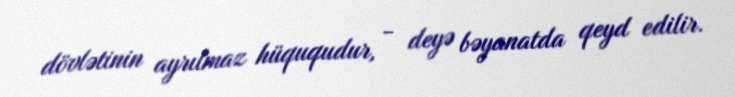
dövlətinin ayrılmaz hüququdur, - deyə bəyanatda qeyd edilir.